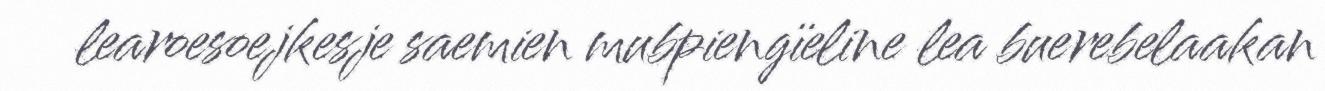
learoesoejkesje saemien mubpiengïeline lea buerebelaakan